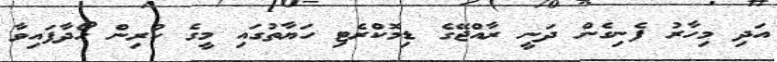
އަދި މިހާރު ފެނިގެން ދަނީ ރާއްޖޭގެ ޑިމޮކްރެޓި ހަޔާތުގައި މީގެ ކުރިން ހޯދާފައިވާ